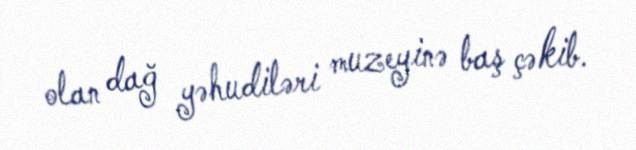
olan dağ yəhudiləri muzeyinə baş çəkib.